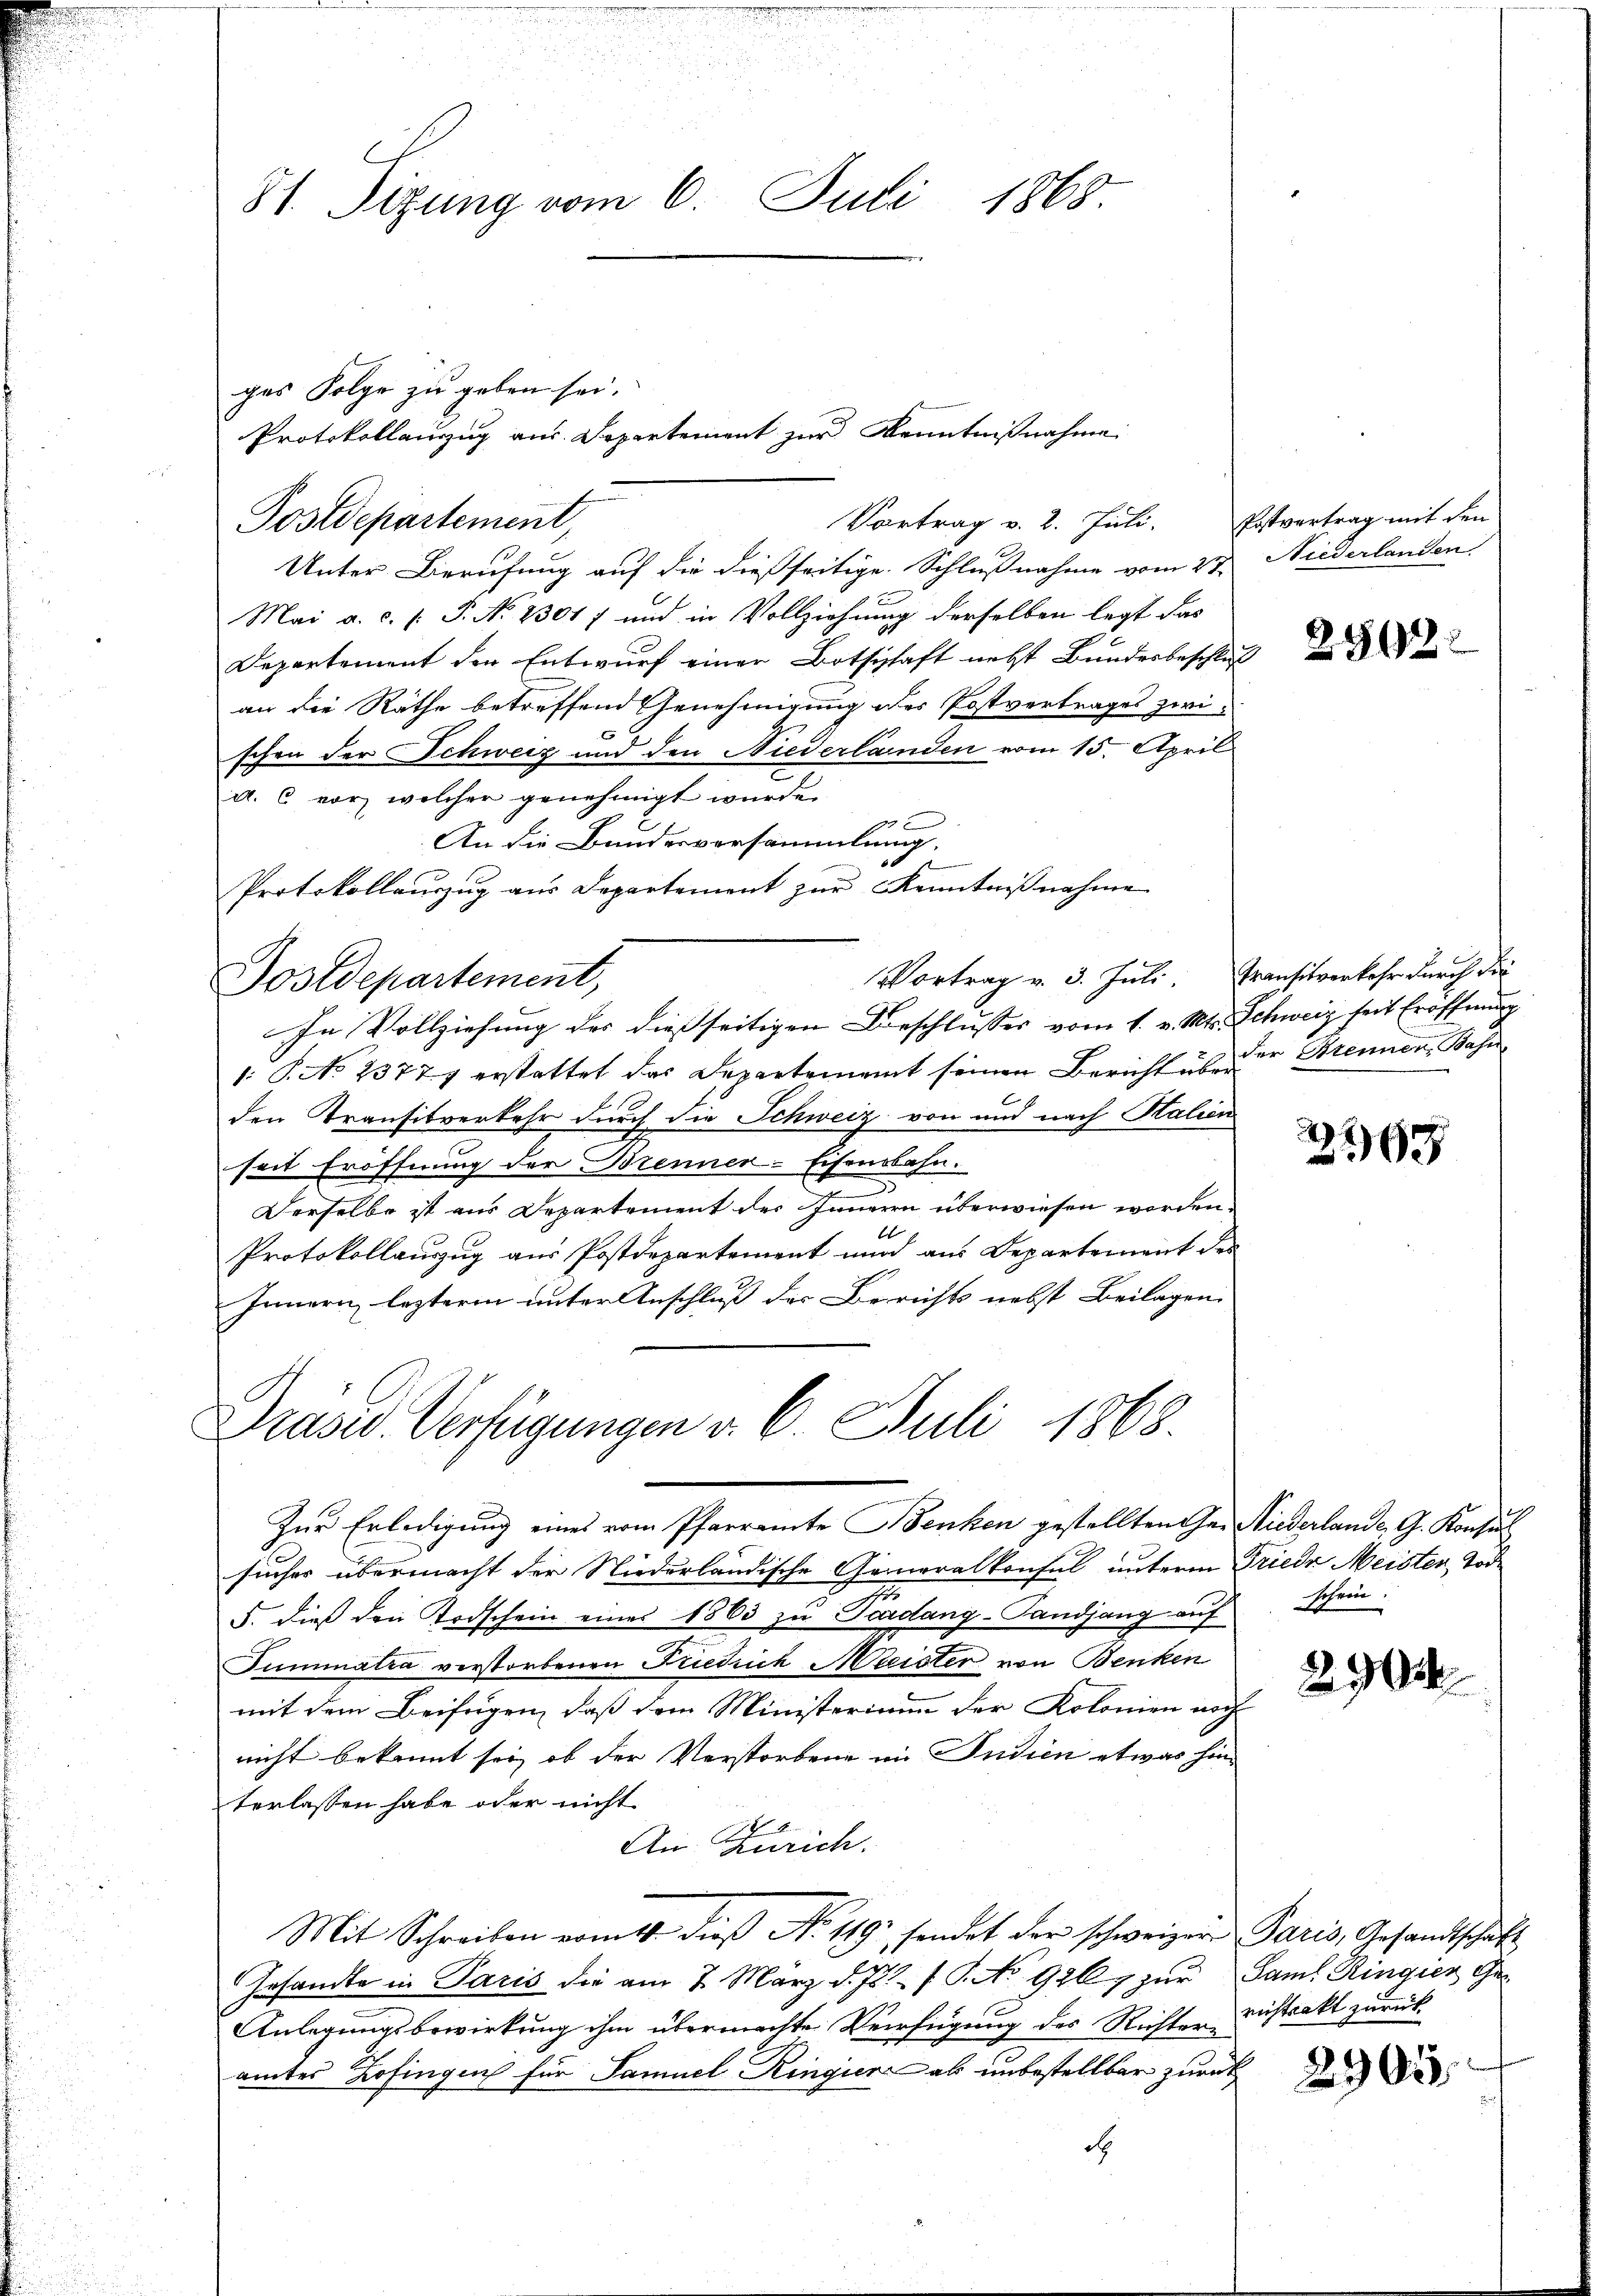
81. Sizung vom 6. Juli 1868.

ges Folge zu geben sei.
Protokollanzzug aus Departement zur Kenntnißnahme
Vortrag v. 2. Juli. Postvertrag mit den
Postdepartement,
Unter Berufung auf die dießseitige Schlußnahme vom 27. Niederlanden
Mai a. c. (: P. No 23017 und in Vollziehung derselben legt das
Departement der Entwurf einer Botschaft nebst Bundesbeschluß
an die Räthe betreffend Genehmigung des Postvertrages zwi-
schen der Schweiz und den Niederländen vom 15. April
at. C vor, welcher genehmigt wurde.
10 x
An die Bundesvorsammlung.
Protokollauszug aus Departement zur Kenntnißnahme
Vortrag v. 3. Juli. Transitverkehr durch die
Postdepartement,
In Vollziehung des dießseitigen Beschlusses vom 1. v. Mts. Schweiz seit Eröffnung
1: P. No 23777 erstattet das Departement seinen Bericht es der Brennen, Bahn
den Transitverkehr durch die Schweiz von und nach Halien
seit Eröffnung der Brenner-Eisenbahn.
.
Derselbe ist aus Departement des Innern überwiesen worden.
6
Protokollauszug aus Postdepartement und aus Departement des
Innern leztere unter Anschluß der Berichts nebst Beilagen

Draser Verfügungen v. 6. Juli 1868.

Zur Erledigung eines vom Pfarramte Benken gestellten Ge-Niederlande, G. Konsul
suches übermacht der Niederländische Generalkonsul unterm Friedr Meister Tode
5. dieß den Todschein eines 1863 zu Teadang-Landjang auf
Tummatra verstorbenen Friedrich Meister von Benken
mit dem Beifügen, daß dem Ministerium der Kolonien noch
nicht bekannt sei, ob der Vorstorbene im Indien etwas hin-
terlassen habe oder nicht
An Zürich.
n
Mit Schreiben vom 4. dieβ No 119 sendet der schweizer Paris, Gesandtschaft
Gesandte in Paris die am 7. März d. Js. t 7 S. No 926, zur Saml Ringier Ge¬
Anlegungsbewirkung ihm übermachte Verfügung des Richter Distrakt zurück
amtes Zofingen für Samuel Ringiere ab unbestellbar zurück
d

2512

x
368

schein.

299

2905